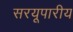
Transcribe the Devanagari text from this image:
सरयूपारीय